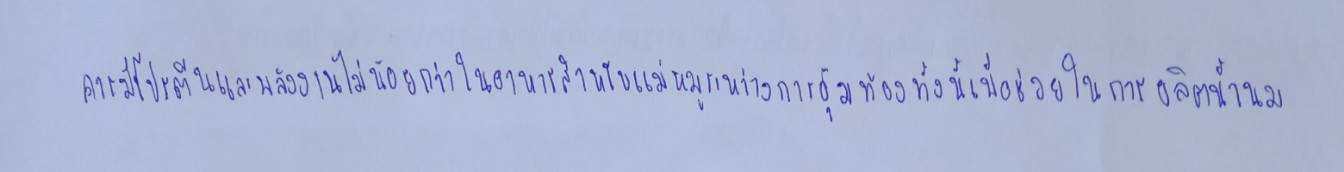
ควรมีโปรตีนและพลังงานไม่น้อยกว่าในอาหารสำหรับแม่หมูระหว่างการอุ้มท้องทั้งนี้เพื่อช่วยในการผลิตน้ำนม